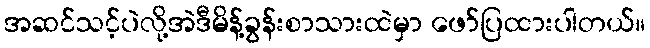
အဆင်သင့်ပဲလို့အဲဒီမိန့်ခွန်းစာသားထဲမှာ ဖော်ပြထားပါတယ်။